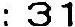
: 31